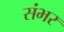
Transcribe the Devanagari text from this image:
संभर